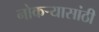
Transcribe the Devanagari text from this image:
नोकऱ्यासांठी